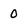
Character: o